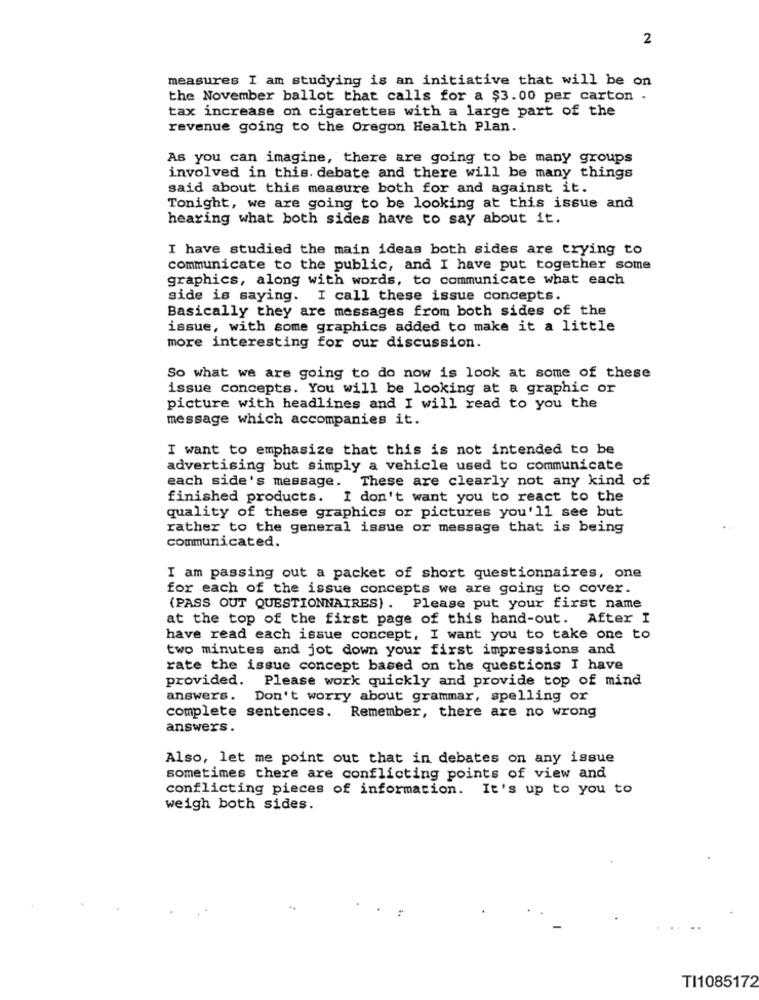
2
measures I am studying is an initiative that will be on
the November ballot that calls for a $3.00 per carton .
tax increase on cigarettes with a large part of the
revenue going to the Oregon Health Plan.
As you can imagine, there are going to be many groups
involved in this. debate and there will be many things
said about this measure both for and against it.
Tonight, we are going to be looking at this issue and
hearing what both sides have to say about it.
I have studied the main ideas both sides are trying to
communicate to the public, and I have put together some
graphics, along with words, to communicate what each
side is saying. I call these issue concepts.
Basically they are messages from both sides of the
issue, with some graphics added to make it a little
more interesting for our discussion.
So what we are going to do now is look at some of these
issue concepts. You will be looking at a graphic or
picture with headlines and I will read to you the
message which accompanies it.
I want to emphasize that this is not intended to be
advertising but simply a vehicle used to communicate
each side's message. These are clearly not any kind of
finished products. I don't want you to react to the
quality of these graphics or pictures you'll see but
rather to the general issue or message that is being
communicated.
I am passing out a packet of short questionnaires, one
for each of the issue concepts we are going to cover.
(PASS OUT QUESTIONNAIRES) . Please put your first name
at the top of the first page of this hand-out. After I
have read each issue concept, I want you to take one to
two minutes and jot down your first impressions and
rate the issue concept based on the questions I have
provided.
Please work quickly and provide top of mind
answers.
Don't worry about grammar, spelling or
complete sentences. Remember, there are no wrong
answers.
Also, let me point out that in debates on any issue
sometimes there are conflicting points of view and
conflicting pieces of information. It's up to you to
weigh both sides.
..
TI1085172